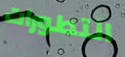
التطورات